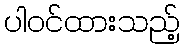
ပါဝင်ထားသည့်